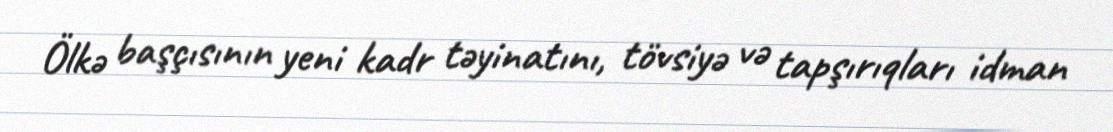
Ölkə başçısının yeni kadr təyinatını, tövsiyə və tapşırıqları idman